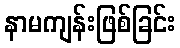
နာမကျန်းဖြစ်ခြင်း